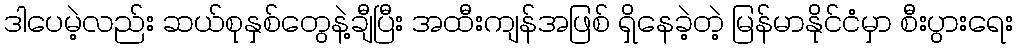
ဒါပေမဲ့လည်း ဆယ်စုနှစ်တွေနဲ့ချီပြီး အထီးကျန်အဖြစ် ရှိနေခဲ့တဲ့ မြန်မာနိုင်ငံမှာ စီးပွားရေး